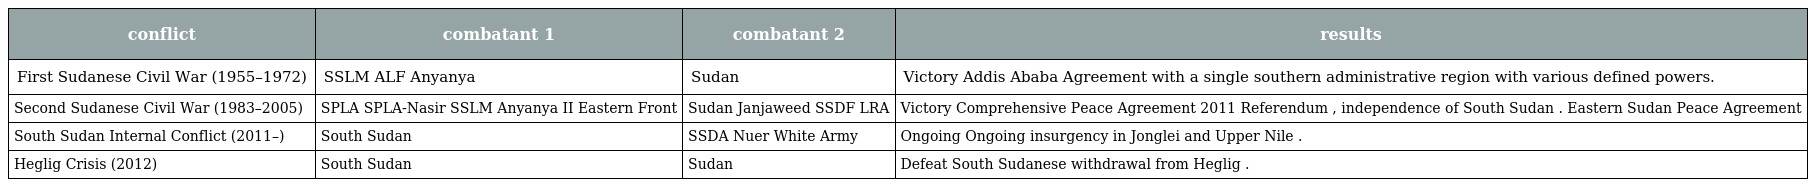
| conflict | combatant 1 | combatant 2 | results |
 | --- | --- | --- | --- |
 | First Sudanese Civil War (1955–1972) | SSLM ALF Anyanya | Sudan | Victory Addis Ababa Agreement with a single southern administrative region with various defined powers. |
 | Second Sudanese Civil War (1983–2005) | SPLA SPLA-Nasir SSLM Anyanya II Eastern Front | Sudan Janjaweed SSDF LRA | Victory Comprehensive Peace Agreement 2011 Referendum , independence of South Sudan . Eastern Sudan Peace Agreement |
 | South Sudan Internal Conflict (2011–) | South Sudan | SSDA Nuer White Army | Ongoing Ongoing insurgency in Jonglei and Upper Nile . |
 | Heglig Crisis (2012) | South Sudan | Sudan | Defeat South Sudanese withdrawal from Heglig . |